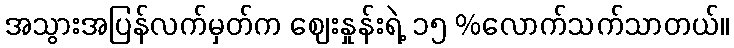
အသွားအပြန်လက်မှတ်က ဈေးနှုန်းရဲ့ ၁၅ %လောက်သက်သာတယ်။